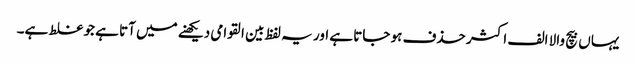
یہاں بیچ والا الف اکثر حذف ہو جاتا ہے اور یہ لفظ بین القوامی دیکھنے میں آتا ہے جو غلط ہے۔